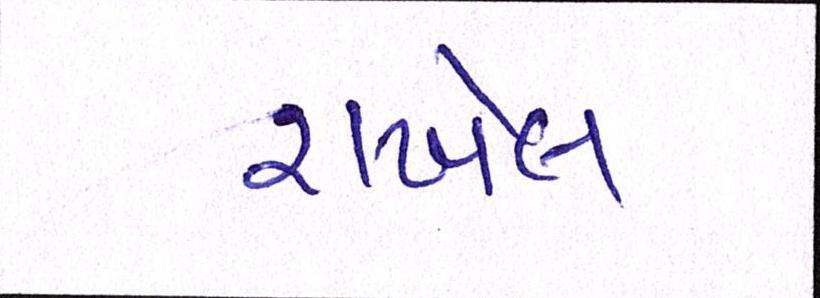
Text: રાખેલ